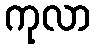
ကုလာ